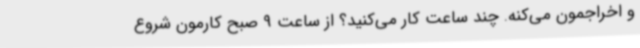
و اخراجمون می‌کنه. ‌چند ساعت کار می‌کنید؟ از ساعت 9 صبح کارمون شروع